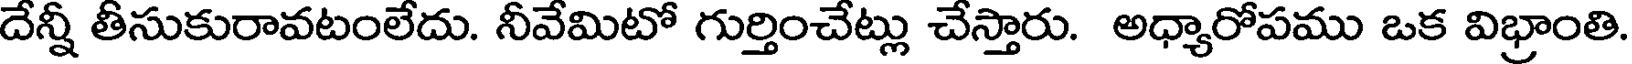
దేన్నీ తీసుకురావటంలేదు. నీవేమిటో గుర్తించేట్లు చేస్తారు. అధ్యారోపము ఒక విభ్రాంతి